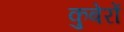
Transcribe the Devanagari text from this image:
कुबेरों